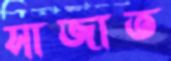
সাজাত